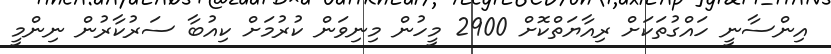
އިންސާނީ ހައްގުތަކަށް ރިއާޔަތްކޮށް 2900 މީހުން މިނިވަން ކުރުމަށް ކިއުބާ ސަރުކާރުން ނިންމީ